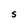
Character: S